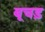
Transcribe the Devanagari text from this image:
बूचड़